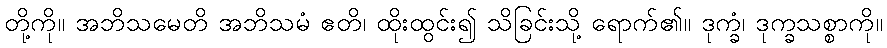
တို့ကို။ အဘိသမေတိ အဘိသမံ ဧတိ၊ ထိုးထွင်း၍ သိခြင်းသို့ ရောက်၏။ ဒုက္ခံ၊ ဒုက္ခသစ္စာကို။